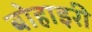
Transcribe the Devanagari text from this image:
बोहाइरी